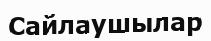
Сайлаушылар